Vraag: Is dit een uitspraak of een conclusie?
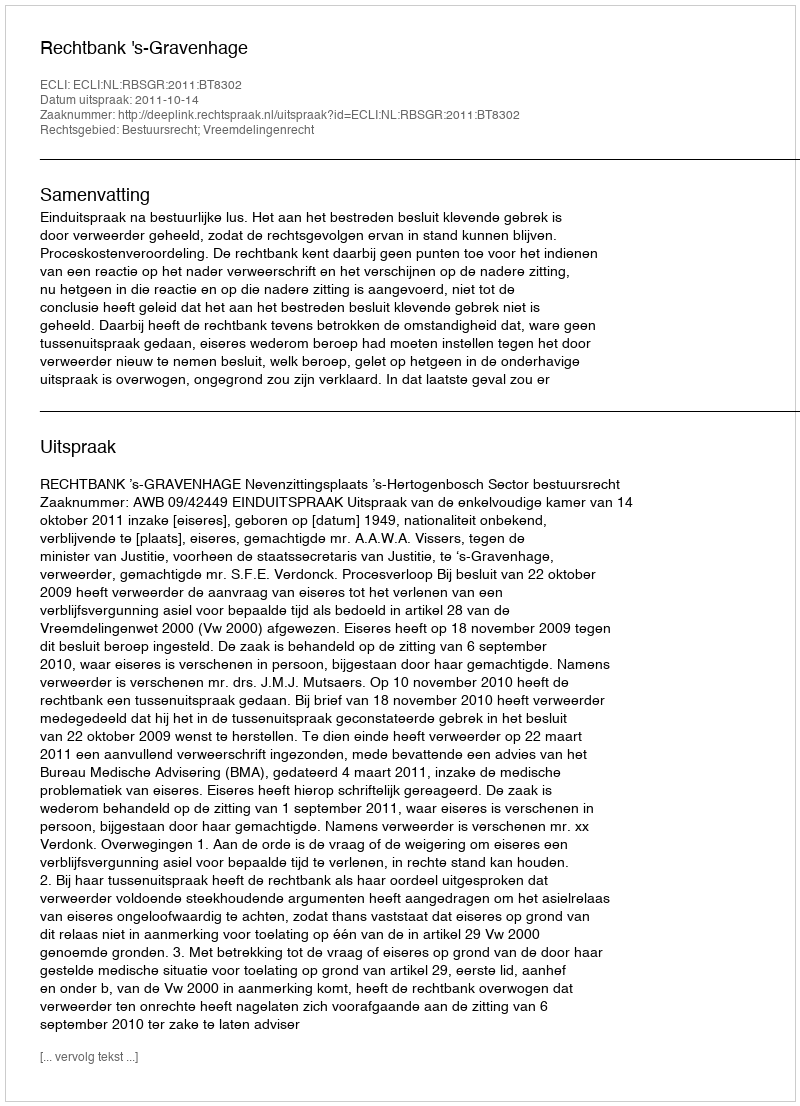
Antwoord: Uitspraak